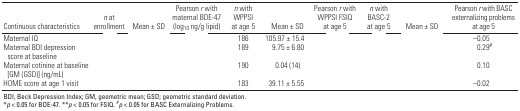
<table><thead><tr><td><b>Continuous characteristics</b></td><td><b><i>n</i> at enrollment</b></td><td><b>Mean ± SD</b></td><td><b>Pearson <i>r</i> with maternal BDE-47(log<sub>10</sub> ng/g lipid)</b></td><td><b><i>n</i> with WPPSI at age 5</b></td><td><b>Mean ± SD</b></td><td><b>Pearson <i>r</i> with WPPSI FSIQ at age 5</b></td><td><b><i>n</i> withBASC‐2 at age 5</b></td><td><b>Mean ± SD</b></td><td><b>Pearson <i>r</i> with BASC externalizing problems at age 5</b></td></tr></thead><tbody><tr><td><b>Maternal IQ</b></td><td>[EMPTY_CELL]</td><td>[EMPTY_CELL]</td><td>[EMPTY_CELL]</td><td>186</td><td>105.97 ± 15.4</td><td>[EMPTY_CELL]</td><td>[EMPTY_CELL]</td><td>[EMPTY_CELL]</td><td>–0.05</td></tr><tr><td><b>Maternal BDI depression score at baseline</b></td><td>[EMPTY_CELL]</td><td>[EMPTY_CELL]</td><td>[EMPTY_CELL]</td><td>189</td><td>9.75 ± 6.80</td><td>[EMPTY_CELL]</td><td>[EMPTY_CELL]</td><td>[EMPTY_CELL]</td><td>0.29<sup>#</sup></td></tr><tr><td><b>Maternal cotinine at baseline [GM (GSD)] (ng/mL)</b></td><td>[EMPTY_CELL]</td><td>[EMPTY_CELL]</td><td>[EMPTY_CELL]</td><td>190</td><td>0.04 (14)</td><td>[EMPTY_CELL]</td><td>[EMPTY_CELL]</td><td>[EMPTY_CELL]</td><td>0.10</td></tr><tr><td><b>HOME score at age 1 visit</b></td><td>[EMPTY_CELL]</td><td>[EMPTY_CELL]</td><td>[EMPTY_CELL]</td><td>183</td><td>39.11 ± 5.55</td><td>[EMPTY_CELL]</td><td>[EMPTY_CELL]</td><td>[EMPTY_CELL]</td><td>–0.02</td></tr><tr><td colspan="10">BDI, Beck Depression Index; GM, geometric mean; GSD; geometric standard deviation. *<i>p </i>&lt; 0.05 for BDE-47. **<i>p </i>&lt; 0.05 for FSIQ. <sup>#</sup><i>p </i>&lt; 0.05 for BASC Externalizing Problems.</td></tr></tbody></table>